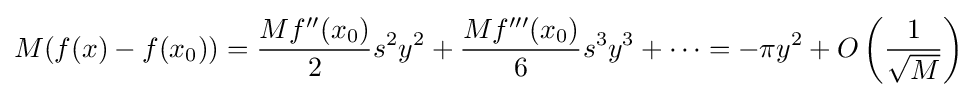
M(f(x)-f(x_{0}))={\frac {Mf''(x_{0})}{2}}s^{2}y^{2}+{\frac {Mf'''(x_{0})}{6}}s^{3}y^{3}+\cdots =-\pi y^{2}+O\left({\frac {1}{\sqrt {M}}}\right)